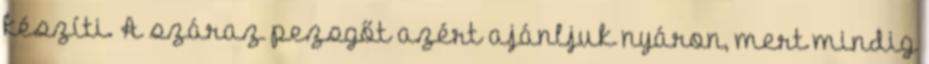
készíti. A száraz pezsgőt azért ajánljuk nyáron, mert mindig